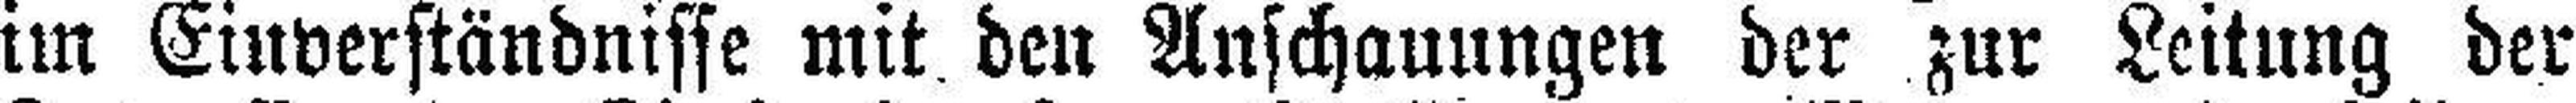
im Einverständnisse mit den Anschauungen der zur Leitung der